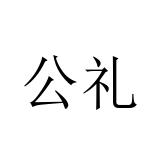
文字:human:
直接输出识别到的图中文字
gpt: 公礼